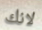
لانك